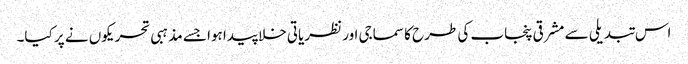
اس تبدیلی سے مشرقی پنجاب کی طرح کا سماجی اور نظریاتی خلا پیدا ہوا جسے مذہبی تحریکوں نے پر کیا۔